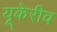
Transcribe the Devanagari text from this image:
यूकेरीव